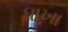
ધાખા